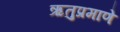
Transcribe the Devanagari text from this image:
ऋतुप्रमाणे